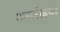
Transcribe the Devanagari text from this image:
अगरोइया